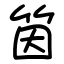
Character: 筃